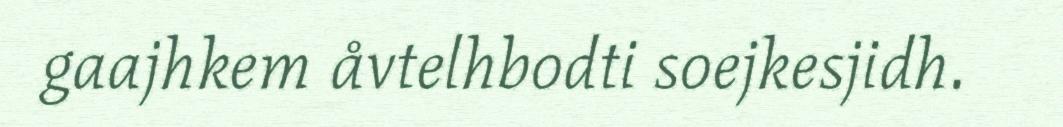
gaajhkem åvtelhbodti soejkesjidh.